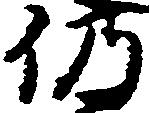
仍